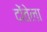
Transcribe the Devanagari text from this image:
दोंतेला